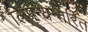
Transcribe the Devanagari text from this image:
लिपन्यन्तरित